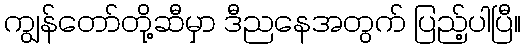
ကျွန်တော်တို့ဆီမှာ ဒီညနေအတွက် ပြည့်ပါပြီ။